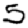
Digit: 5